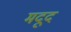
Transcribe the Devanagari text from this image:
मदूद